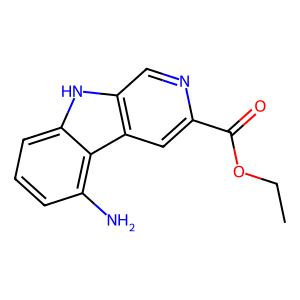
SMILES: CCOC(=O)c1cc2c(cn1)[nH]c1cccc(N)c12
Inhibits HIV replication: No